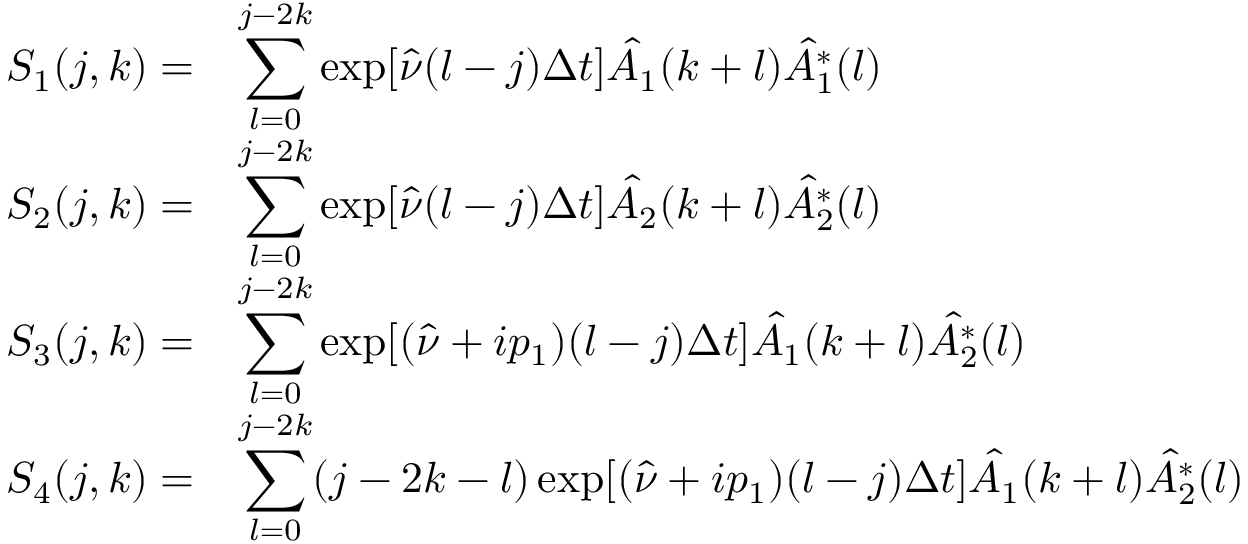
\begin{array} { r l } { S _ { 1 } ( j , k ) = } & { \displaystyle \sum _ { l = 0 } ^ { j - 2 k } \exp [ \hat { \nu } ( l - j ) \Delta t ] \hat { A _ { 1 } } ( k + l ) \hat { A _ { 1 } ^ { * } } ( l ) } \\ { S _ { 2 } ( j , k ) = } & { \displaystyle \sum _ { l = 0 } ^ { j - 2 k } \exp [ \hat { \nu } ( l - j ) \Delta t ] \hat { A _ { 2 } } ( k + l ) \hat { A _ { 2 } ^ { * } } ( l ) } \\ { S _ { 3 } ( j , k ) = } & { \displaystyle \sum _ { l = 0 } ^ { j - 2 k } \exp [ ( \hat { \nu } + i p _ { 1 } ) ( l - j ) \Delta t ] \hat { A _ { 1 } } ( k + l ) \hat { A _ { 2 } ^ { * } } ( l ) } \\ { S _ { 4 } ( j , k ) = } & { \displaystyle \sum _ { l = 0 } ^ { j - 2 k } ( j - 2 k - l ) \exp [ ( \hat { \nu } + i p _ { 1 } ) ( l - j ) \Delta t ] \hat { A _ { 1 } } ( k + l ) \hat { A _ { 2 } ^ { * } } ( l ) } \end{array}